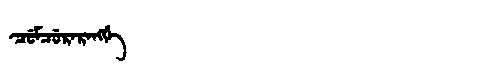
Manchu: ᠴᡠᠮᠴᡠᡵᠠᡵᠠᠩᡤᡝ
Romanization: CUMCURARANGGE